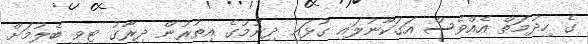
ގެ ހިދުމަތް އެއްވެސް އަގަކާނުލައި ގުޅައި ދިނުމުގެ އިތުރުން ދިރާގު ޓީވީ ބެލުމަށް